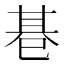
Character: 𢁂